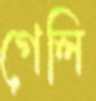
গেলি